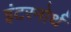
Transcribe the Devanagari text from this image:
इंटरनोर्थ